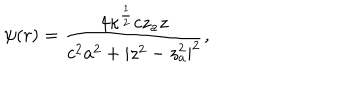
\psi ( r ) = { \frac { 4 \kappa ^ { { \frac { 1 } { 2 } } } c z _ { a } z } { c ^ { 2 } a ^ { 2 } + | z ^ { 2 } - z _ { a } ^ { 2 } | ^ { 2 } } } ,